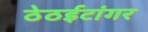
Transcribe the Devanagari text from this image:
ठेठईटांगर